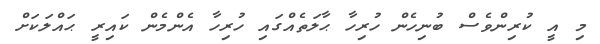
މި އީ ކުރިންވެސް ބުނިހެން ހުރިހާ ޙާލަތެއްގައި ހުރިހާ އެންމެން ކައިރީ ޙައްލަކަށް